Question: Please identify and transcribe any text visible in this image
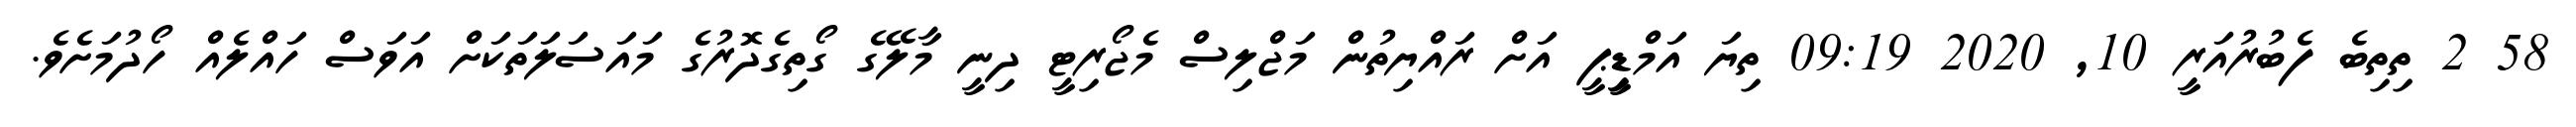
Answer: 58 2 ތިތިބެ ފެބުރުއަރީ 10, 2020 09:19 ތިޔަ އަމްޑިީޕީ އަށް ރައްޔިތުން މަޖްލިސް މެޖޯރިޓީ ދިނީ މާލޭގެ ގޯތިގެދޮރުގެ މައަސަލަތަކަށް އަވަސް ހައްލެއް ހޯދުމަށެވެ.